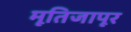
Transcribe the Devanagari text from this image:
मूतिजापूर